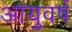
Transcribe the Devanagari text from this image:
आयुवर्ष